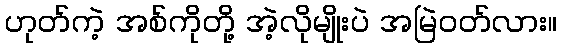
ဟုတ်ကဲ့ အစ်ကိုတို့ အဲ့လိုမျိုးပဲ အမြဲဝတ်လား။